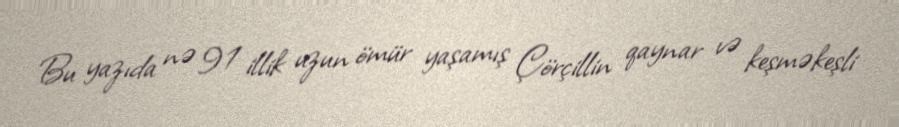
Bu yazıda nə 91 illik uzun ömür yaşamış Çörçillin qaynar və keşməkeşli